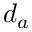
d _ { a }